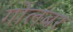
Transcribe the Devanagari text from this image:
गोलंबर